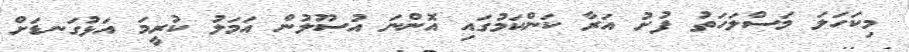
މިކަހަލަ މަސްލަހަތު ފުށު އަރާ ކަންކަމުގައި އޮންނަ އުސޫލުން އަމަލު ކުރީމަ އަޅުގަނޑަށް